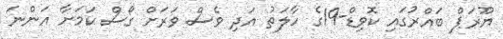
ޔޫރަޕް ބައްރުގައި ކޮވިޑް-19ގެ ހާލަތު އަދި ވެސް ވަރަށް ގޯސް ކަމަށާ އަންނަ